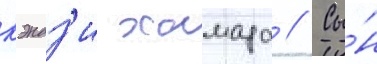
кэндз'и хамада // Сы́н